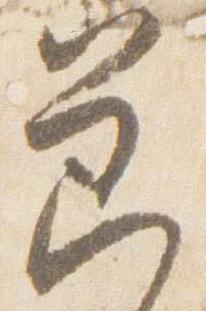
節